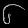
Digit: ၆